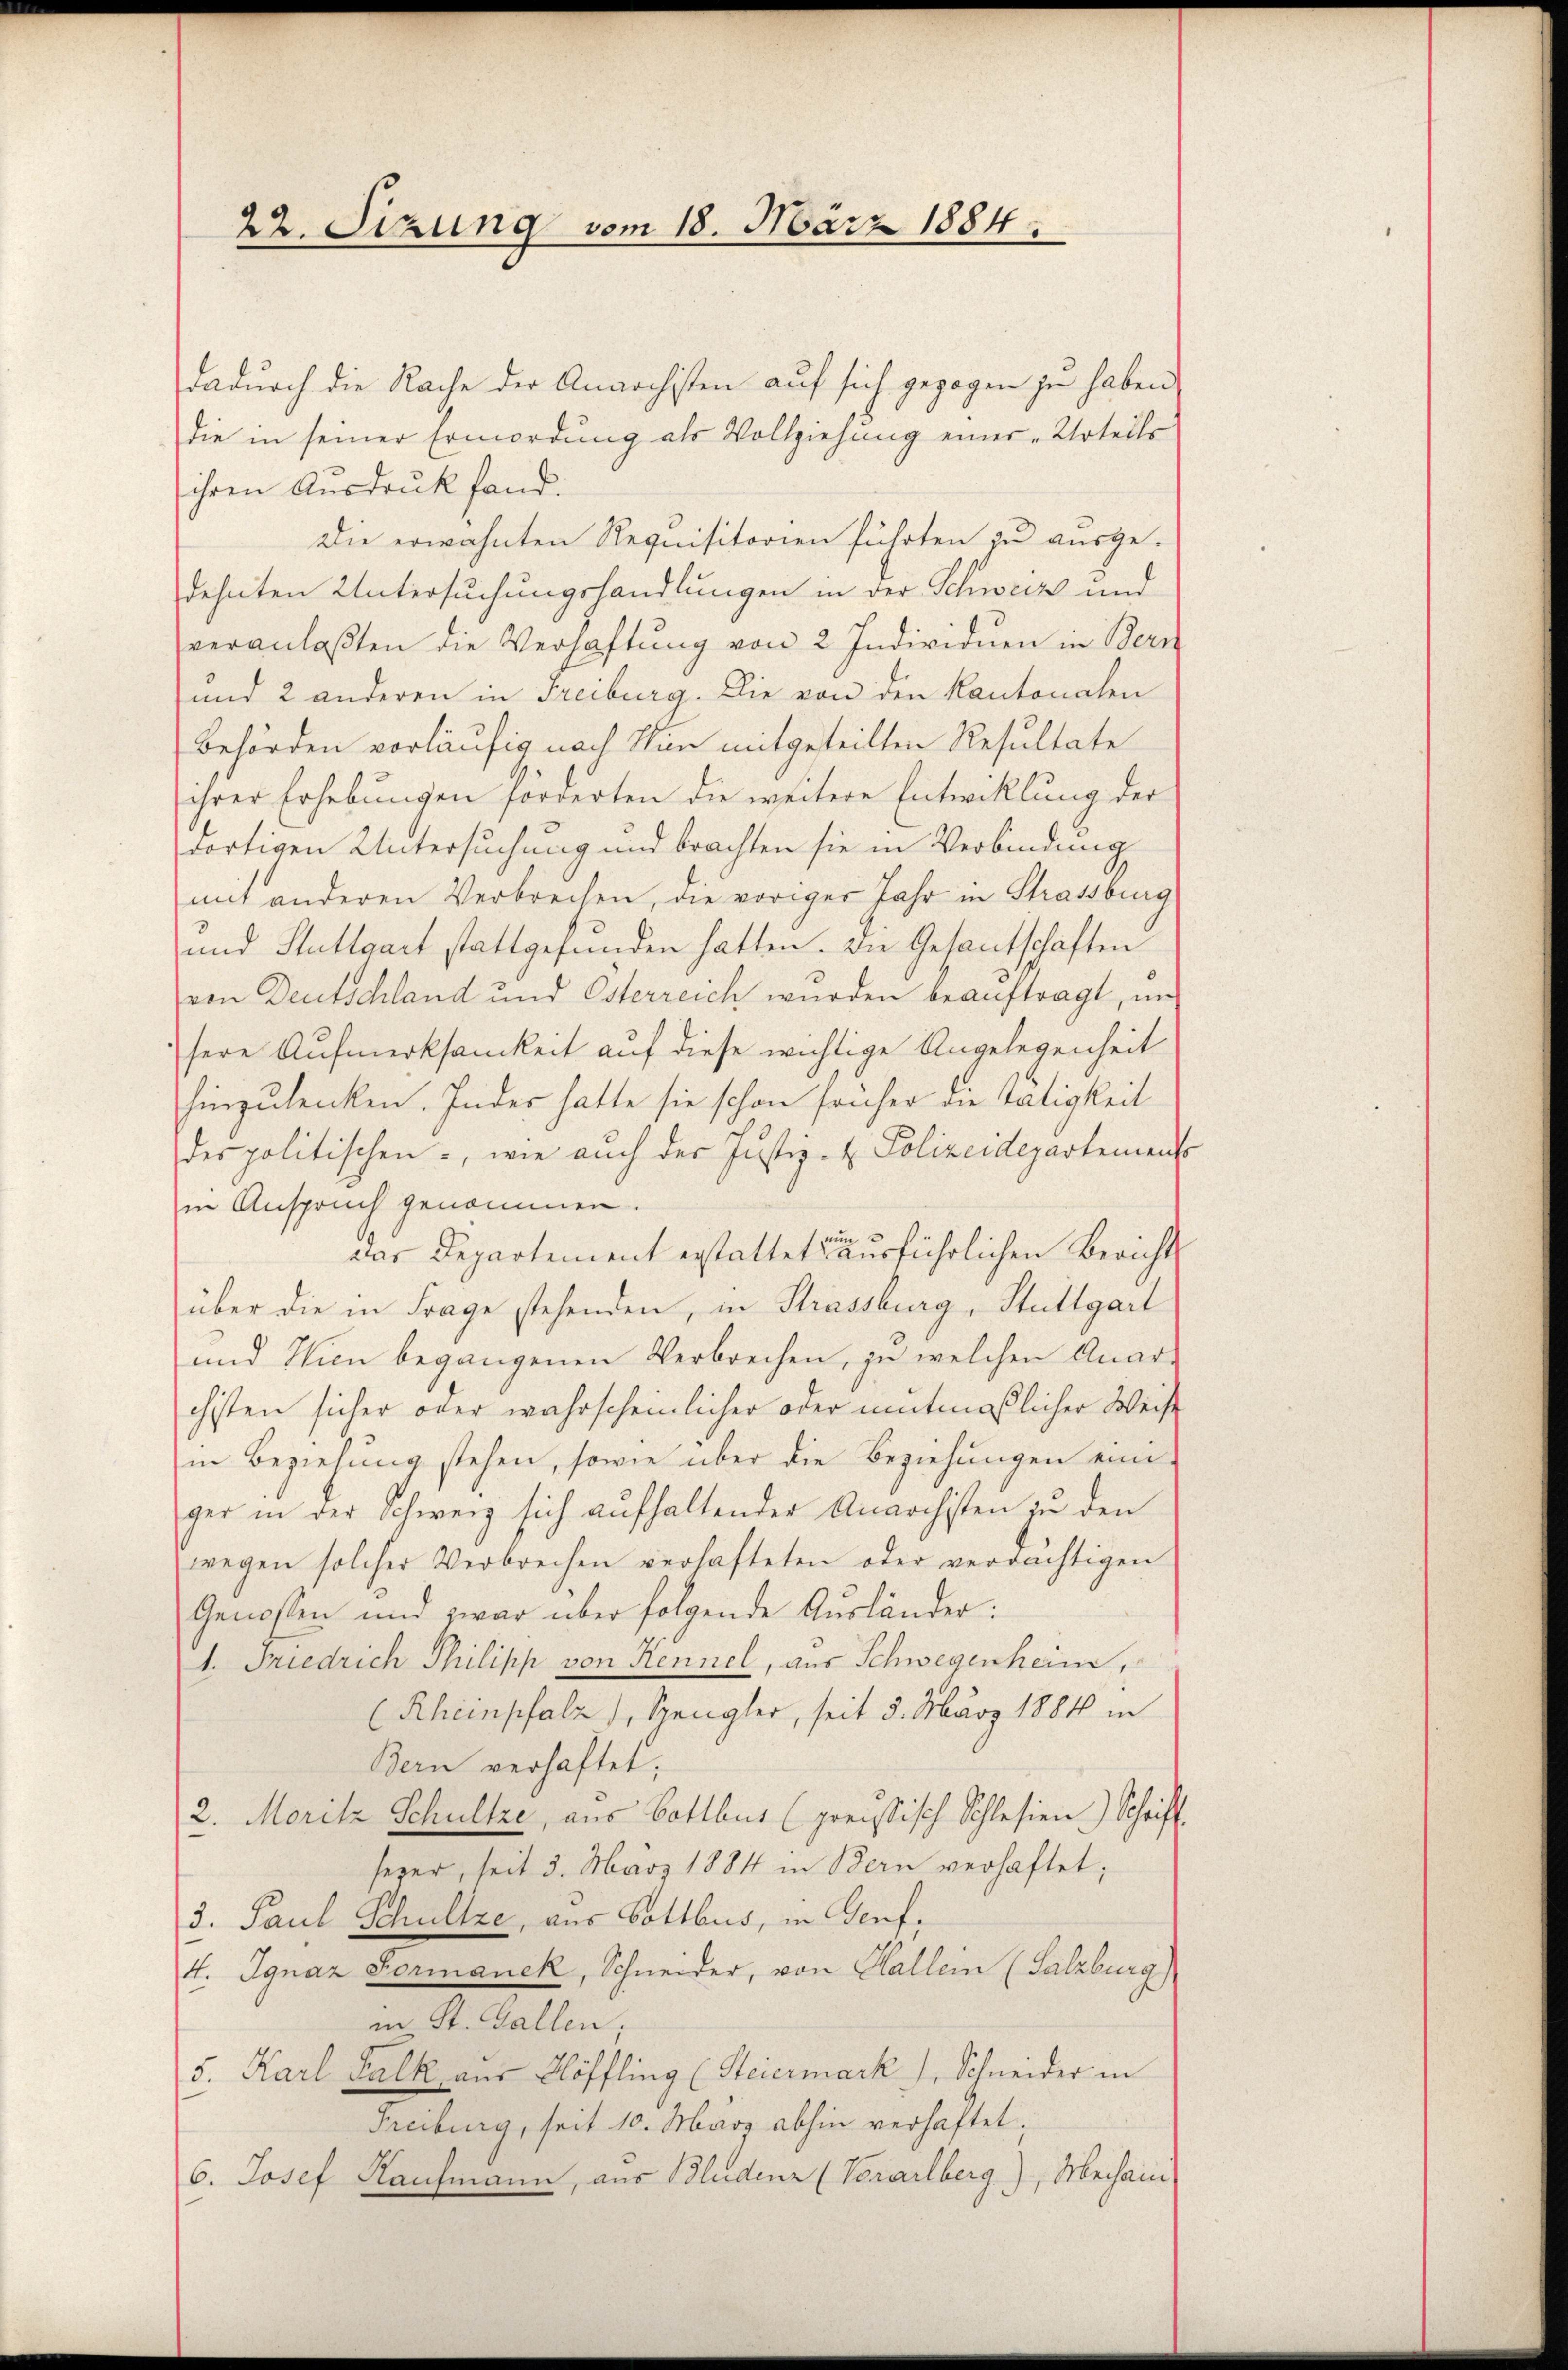
22. Sizung vom 18. März 1884.

dadurch die Rache der Anarchsten auf sich gezogen in haben
die in seiner Ermordung als Vollziehung einer „Urteils
ihren Ausdruck fand.
Die erwähnten Requisitorien führten zu ausgedehnten Untersuchungshandlungen in der Schweiz und
veranlaβten die Verhaftung von 2 Individuen in Bern
und 2 anderen in Freiburg. Die von den Kantonalen
Behörden vorläufig nach Sie mitgeteilten Resultate
ihrer Erhebungen sorgerten die weitere Entwicklung der
dortigen Untersuchung und brachten sie in Verbindung
mit anderen Verbrechen, die voriger Jahr in Strassburg
und Stuttgart stattgefunden hatten. Die Gesantschaften
von Deutschland und Osterreich wurden beauftragt, in
sere Aufmerksamkeit auf diese wichtige Angelegenheit
hinzulenken. Inder hatte sie schon früher die Tätigkeit
der politischen, wie auch der Justiz- & Polizeidepartements
in Anspruch genommen.
das Departement erstattet ausführlichen Bericht
über die in Frage stehenden, in Strassburg, Stuttgart
und Wien begangenen Verbrechen, zu welchen Anar-
chisten sicher oder wahrscheinlicher oder mutmaßlicher Weise
in Beziehung stehen, sowie über die Beziehungen eine
ger in der Schweiz sich aufhaltender Anarchisten zu den
wegen solcher Verbrechen verhafteten oder verdächtigen
Genossen und zwar über folgende Ausländer:
1. Friedrich Philipp von Hennel, aus Schwegenheim,
(Rheinpfalz), Spengler, seit 5. März 1884 in
Bern verhaftet;
2. Moritz Schultze, aus Bottbus (preussisch Schlesien.) Schrift
sezer, seit 3. März 1884 in Bern verhaftet;
3. Paul Schultze, aus Gottbus, in Genf,
4. Ignaz Formanek, Schneider, von Hallem (Salzburg)
in St. Gallen,
5. Karl Kalk aus Flöffling (Steiermark, Schneider in
Freiburg, seit 10. März abhin verhaftet;
6. Josef Kaufmann, aus Bludenz (Vorarlberg), Mechani